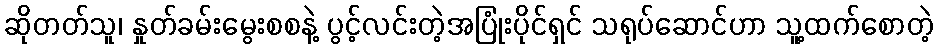
ဆိုတတ်သူ၊ နှုတ်ခမ်းမွေးစစနဲ့ ပွင့်လင်းတဲ့အပြုံးပိုင်ရှင် သရုပ်ဆောင်ဟာ သူ့ထက်စောတဲ့